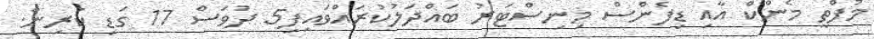
މުފްތީ މެންކް އާއި ޑިފެންސް މިނިސްޓަރު ބައްދަލުކުރައްވައިފި5 ދުވަސް 17 ގަޑި ކުރިން.